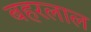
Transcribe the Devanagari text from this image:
बहरलाल